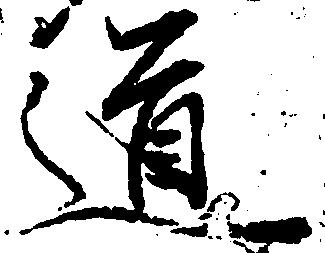
道